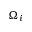
\Omega _ { i }